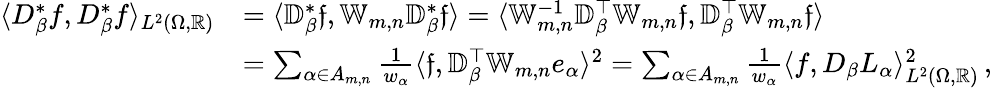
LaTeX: \begin{array}{rl}{\langle D_{\beta}^{*}f,D_{\beta}^{*}f\rangle_{L^{2}(\Omega,\mathbb{R})}}&{=\langle\mathbb{D}_{\beta}^{*}\mathfrak{f},\mathbb{W}_{m,n}\mathbb{D}_{\beta}^{*}\mathfrak{f}\rangle=\langle\mathbb{W}_{m,n}^{-1}\mathbb{D}_{\beta}^{\top}\mathbb{W}_{m,n}\mathfrak{f},\mathbb{D}_{\beta}^{\top}\mathbb{W}_{m,n}\mathfrak{f}\rangle}\\ &{=\sum_{\alpha\in A_{m,n}}\frac{1}{w_{\alpha}}\langle\mathfrak{f},\mathbb{D}_{\beta}^{\top}\mathbb{W}_{m,n}e_{\alpha}\rangle^{2}=\sum_{\alpha\in A_{m,n}}\frac{1}{w_{\alpha}}\langle f,D_{\beta}L_{\alpha}\rangle_{L^{2}(\Omega,\mathbb{R})}^{2}\, ,}\end{array}